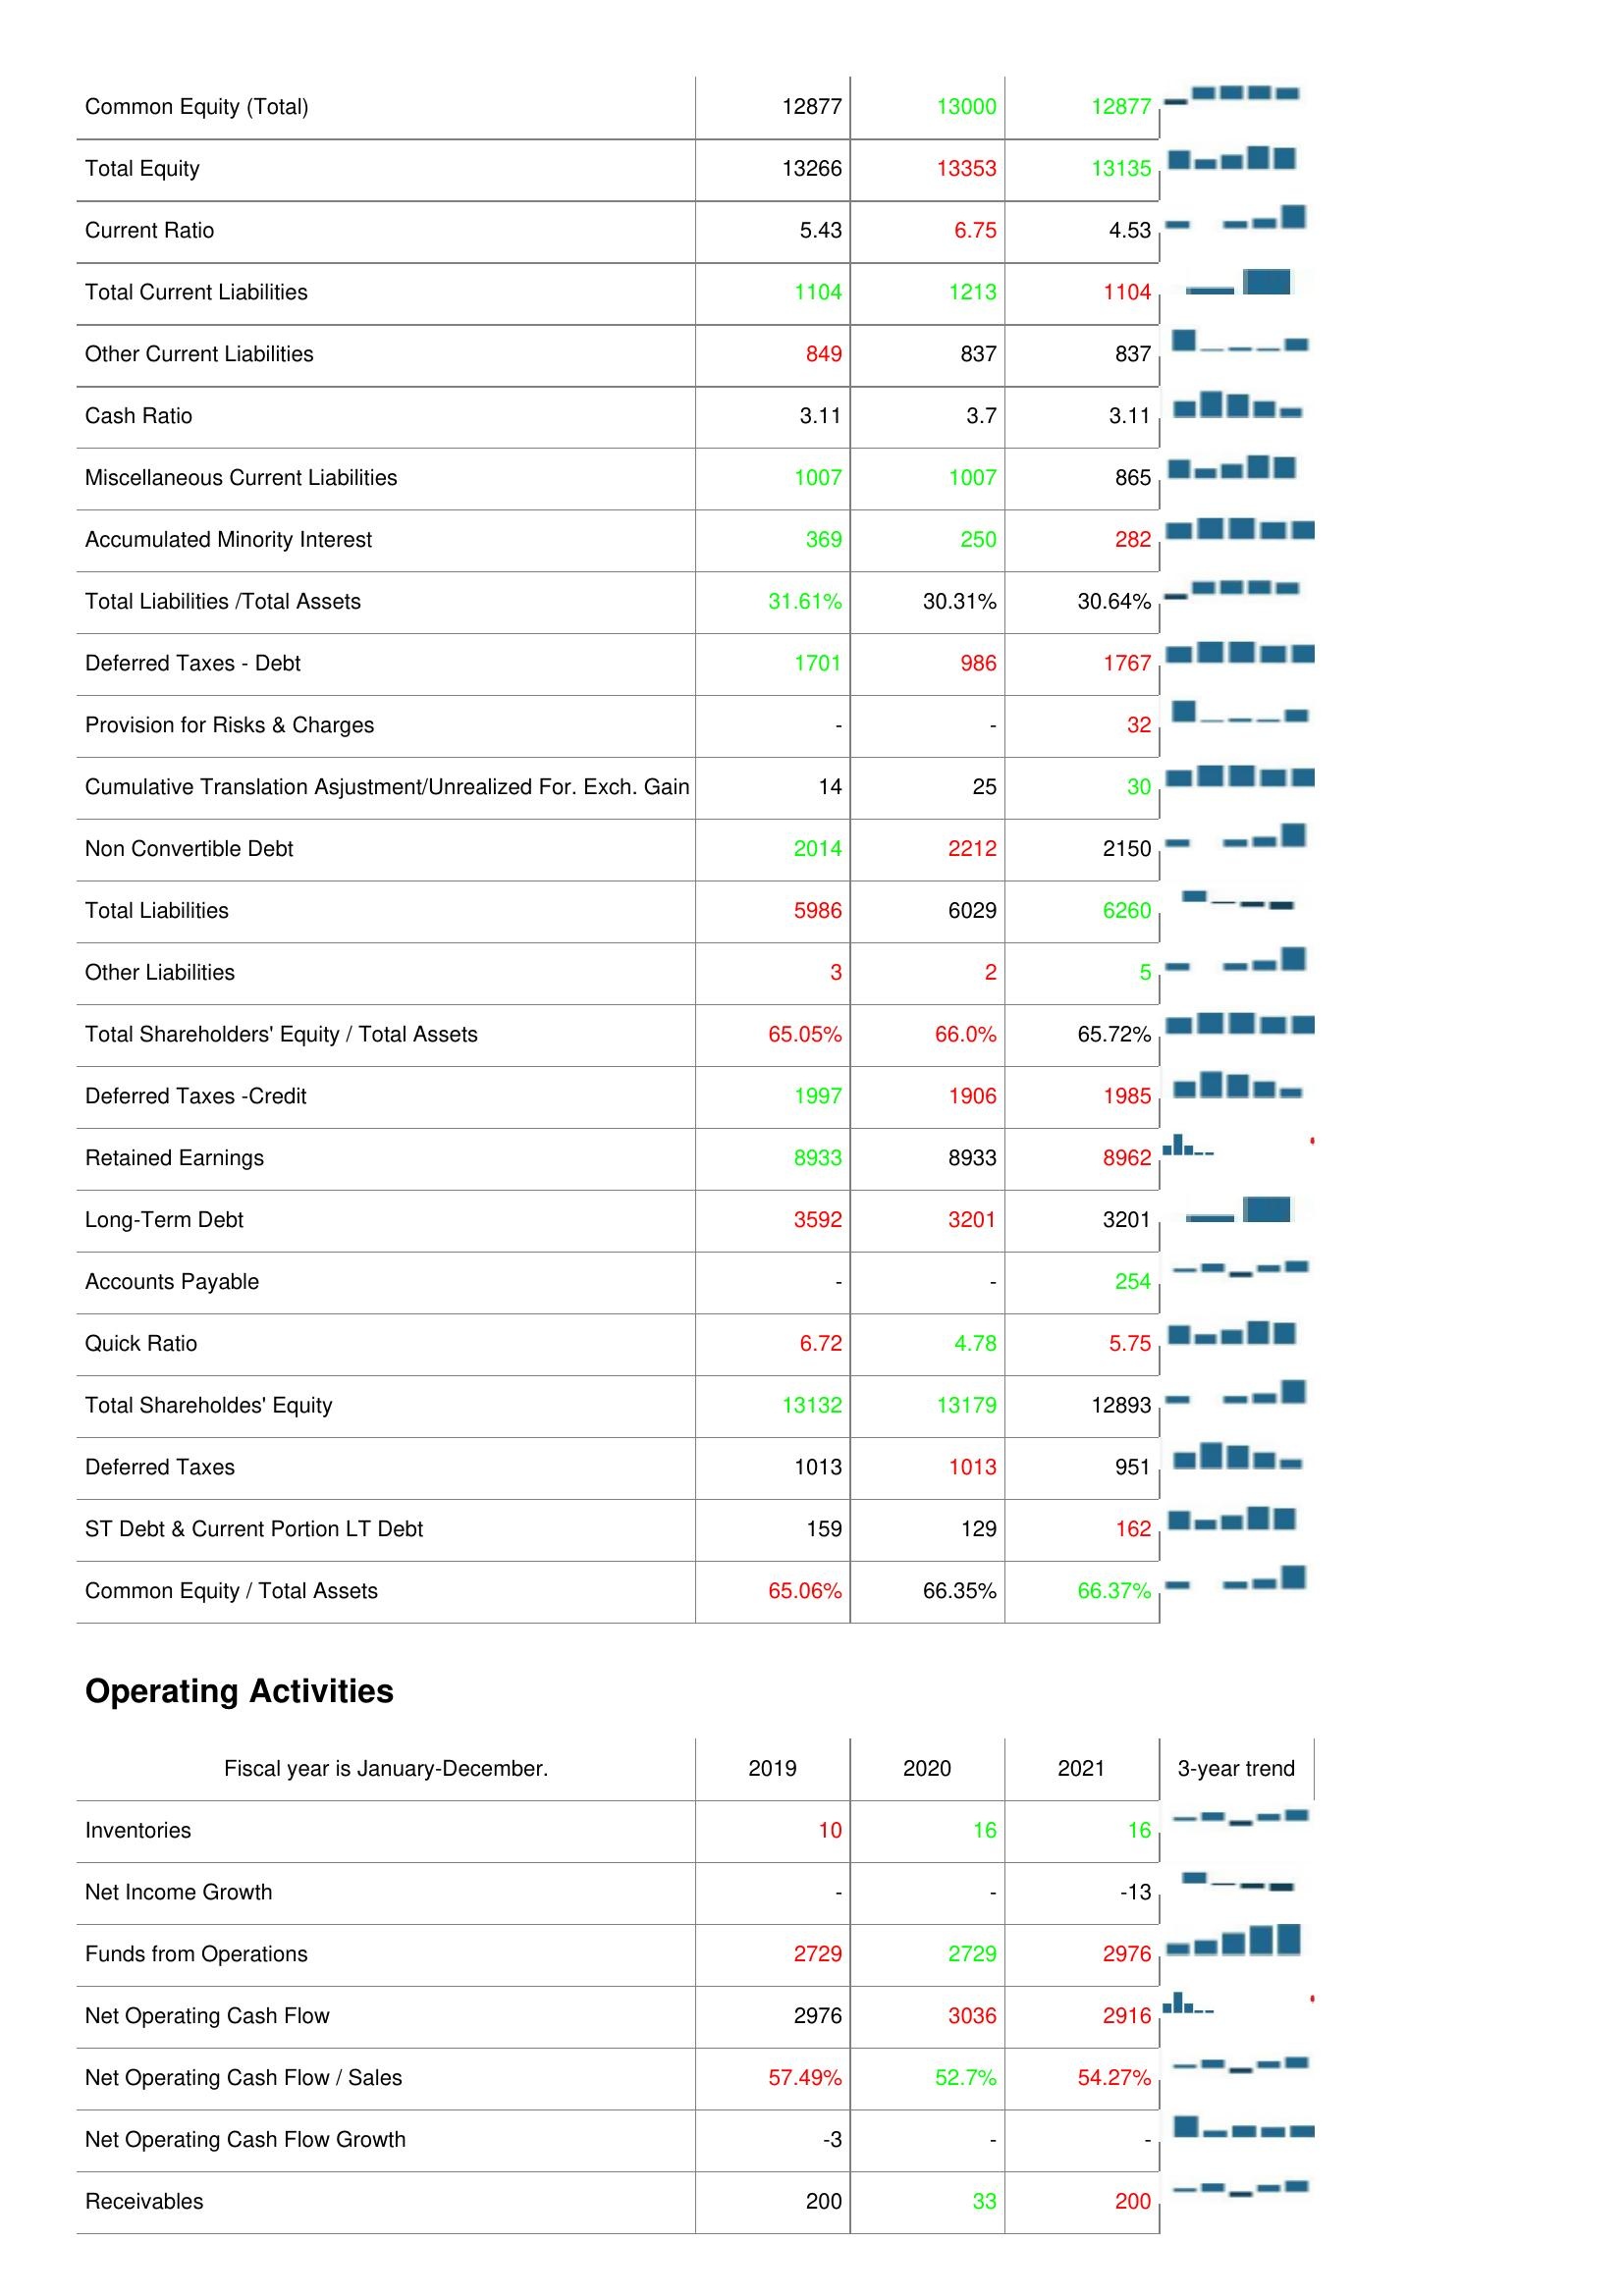
2019: Liabilities & Shareholder's Equity: Common Equity (Total): 12877
Total Equity: 13266
Current Ratio: 5.43
Total Current Liabilities: 1104
Other Current Liabilities: 849
Cash Ratio: 3.11
Miscellaneous Current Liabilities: 1007
Accumulated Minority Interest: 369
Total Liabilities /Total Assets: 31.61%
Deferred Taxes - Debt: 1701
Provision for Risks & Charges: -
Cumulative Translation Asjustment/Unrealized For. Exch. Gain: 14
Non Convertible Debt: 2014
Total Liabilities: 5986
Other Liabilities: 3
Total Shareholders' Equity / Total Assets: 65.05%
Deferred Taxes -Credit: 1997
Retained Earnings: 8933
Long-Term Debt: 3592
Accounts Payable: -
Quick Ratio: 6.72
Total Shareholdes' Equity: 13132
Deferred Taxes: 1013
ST Debt & Current Portion LT Debt: 159
Common Equity / Total Assets: 65.06%
Operating Activities: Inventories: 10
Net Income Growth: -
Funds from Operations: 2729
Net Operating Cash Flow: 2976
Net Operating Cash Flow / Sales: 57.49%
Net Operating Cash Flow Growth: -3
Receivables: 200
2020: Liabilities & Shareholder's Equity: Common Equity (Total): 13000
Total Equity: 13353
Current Ratio: 6.75
Total Current Liabilities: 1213
Other Current Liabilities: 837
Cash Ratio: 3.7
Miscellaneous Current Liabilities: 1007
Accumulated Minority Interest: 250
Total Liabilities /Total Assets: 30.31%
Deferred Taxes - Debt: 986
Provision for Risks & Charges: -
Cumulative Translation Asjustment/Unrealized For. Exch. Gain: 25
Non Convertible Debt: 2212
Total Liabilities: 6029
Other Liabilities: 2
Total Shareholders' Equity / Total Assets: 66.0%
Deferred Taxes -Credit: 1906
Retained Earnings: 8933
Long-Term Debt: 3201
Accounts Payable: -
Quick Ratio: 4.78
Total Shareholdes' Equity: 13179
Deferred Taxes: 1013
ST Debt & Current Portion LT Debt: 129
Common Equity / Total Assets: 66.35%
Operating Activities: Inventories: 16
Net Income Growth: -
Funds from Operations: 2729
Net Operating Cash Flow: 3036
Net Operating Cash Flow / Sales: 52.7%
Net Operating Cash Flow Growth: -
Receivables: 33
2021: Liabilities & Shareholder's Equity: Common Equity (Total): 12877
Total Equity: 13135
Current Ratio: 4.53
Total Current Liabilities: 1104
Other Current Liabilities: 837
Cash Ratio: 3.11
Miscellaneous Current Liabilities: 865
Accumulated Minority Interest: 282
Total Liabilities /Total Assets: 30.64%
Deferred Taxes - Debt: 1767
Provision for Risks & Charges: 32
Cumulative Translation Asjustment/Unrealized For. Exch. Gain: 30
Non Convertible Debt: 2150
Total Liabilities: 6260
Other Liabilities: 5
Total Shareholders' Equity / Total Assets: 65.72%
Deferred Taxes -Credit: 1985
Retained Earnings: 8962
Long-Term Debt: 3201
Accounts Payable: 254
Quick Ratio: 5.75
Total Shareholdes' Equity: 12893
Deferred Taxes: 951
ST Debt & Current Portion LT Debt: 162
Common Equity / Total Assets: 66.37%
Operating Activities: Inventories: 16
Net Income Growth: -13
Funds from Operations: 2976
Net Operating Cash Flow: 2916
Net Operating Cash Flow / Sales: 54.27%
Net Operating Cash Flow Growth: -
Receivables: 200